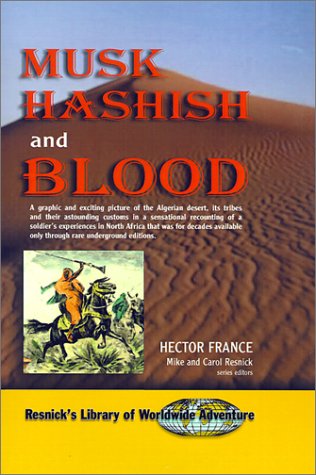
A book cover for Musk Hashish and Blood (Resnick's Library of Worldwide Adventure); Hector France; Travel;